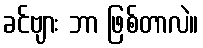
ခင်ဗျား ဘာ ဖြစ်တာလဲ။